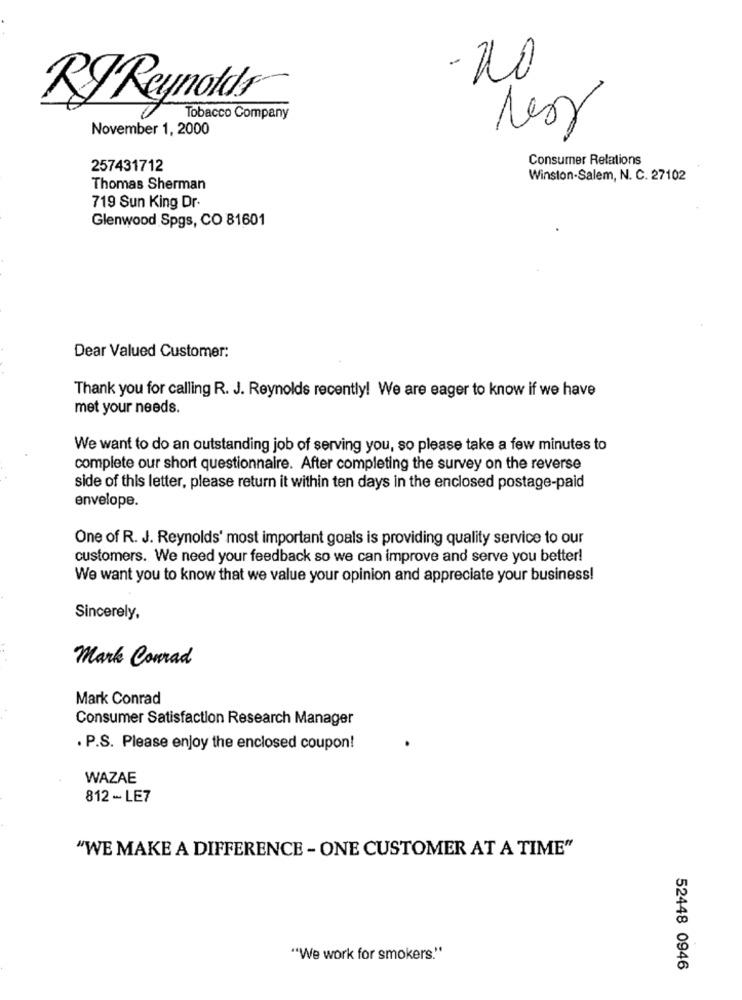
RJ Reynolds
Tobacco Company
November 1, 2000
Consumer Relations
257431712
Winston-Salem, N. C. 27102
Thomas Sherman
719 Sun King Dr.
Glenwood Spgs, CO 81601
Dear Valued Customer:
Thank you for calling R. J. Reynolds recently! We are eager to know if we have
met your needs.
We want to do an outstanding job of serving you, so please take a few minutes to
complete our short questionnaire. After completing the survey on the reverse
side of this letter, please return it within ten days in the enclosed postage-paid
envelope.
One of R. J. Reynolds' most important goals is providing quality service to our
customers. We need your feedback so we can improve and serve you better!
We want you to know that we value your opinion and appreciate your business!
Sincerely,
Mark Conrad
Mark Conrad
Consumer Satisfaction Research Manager
. P.S. Please enjoy the enclosed coupon!
WAZAE
812 - LE7
"WE MAKE A DIFFERENCE - ONE CUSTOMER AT A TIME"
"We work for smokers."
52448 0946